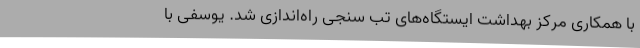
با همکاری مرکز بهداشت ایستگاه‌های تب سنجی راه‌اندازی شد. یوسفی با